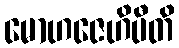
မောဟဇေဟိပီတိ